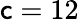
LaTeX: \mathsf{c}=12